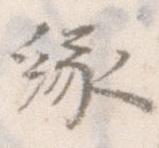
縁